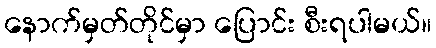
နောက်မှတ်တိုင်မှာ ပြောင်း စီးရပါမယ်။